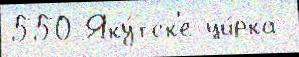
550 Яку́тск'е ци́рка